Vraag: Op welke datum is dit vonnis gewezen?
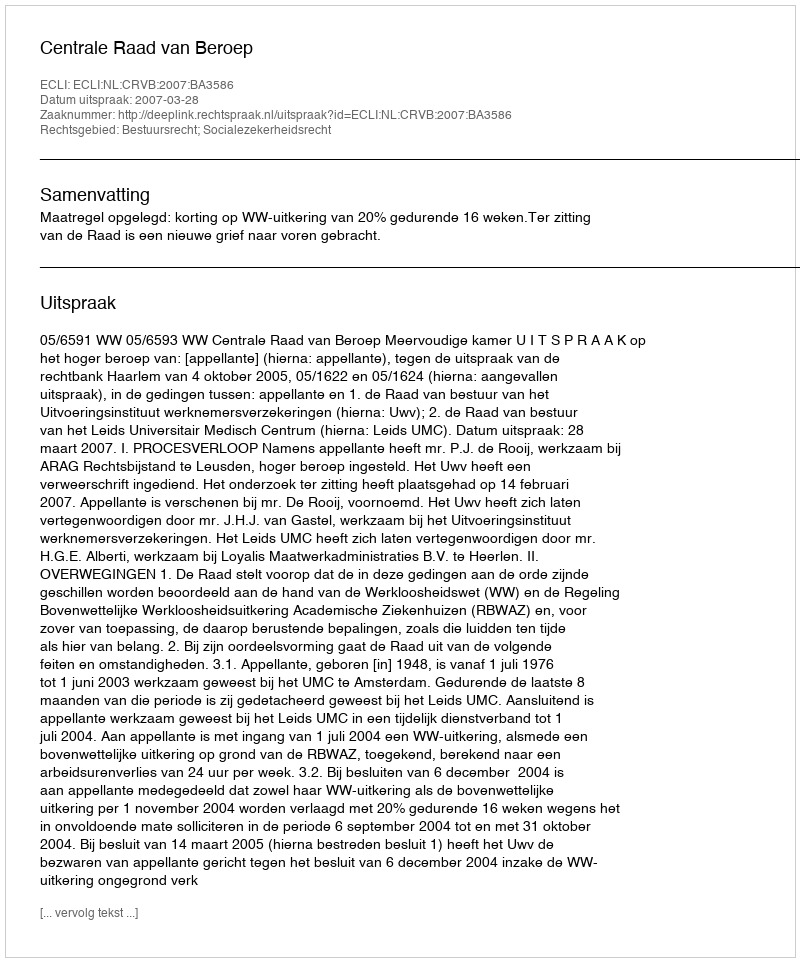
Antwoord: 2007-03-28